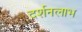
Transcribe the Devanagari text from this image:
दर्शनलाभ